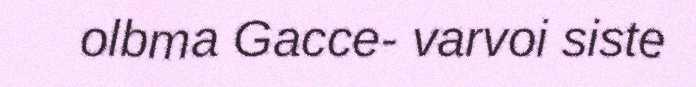
olbma Gacce- varvoi siste